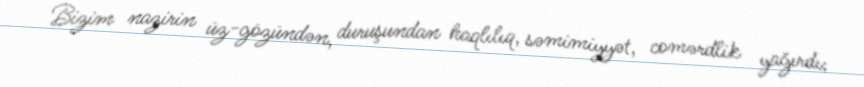
Bizim nazirin üz-gözündən, duruşundan haqlılıq, səmimiyyət, comərdlik yağırdı;